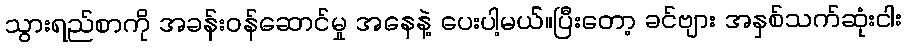
သွားရည်စာကို အခန်းဝန်ဆောင်မှု အနေနဲ့ ပေးပါ့မယ်။ပြီးတော့ ခင်ဗျား အနှစ်သက်ဆုံးငါး